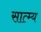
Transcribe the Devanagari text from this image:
सात्म्य